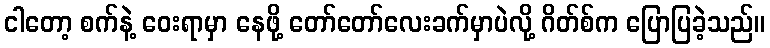
ငါတော့ စက်နဲ့ ဝေးရာမှာ နေဖို့ တော်တော်လေးခက်မှာပဲလို့ ဂိတ်စ်က ပြောပြခဲ့သည်။